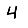
Digit: 4